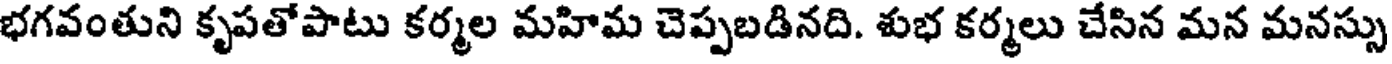
భగవంతుని కృపతోపాటు కర్మల మహిమ చెప్పబడినది. శుభ కర్మలు చేసిన మన మనస్సు